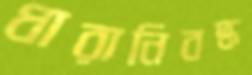
ধারানিবদ্ধ